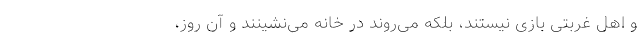
و اهل غربتی بازی نیستند، بلکه می‌روند در خانه می‌نشینند و آن روز،